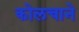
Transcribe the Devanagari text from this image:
कोलचाने